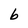
Character: b